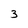
Character: 3